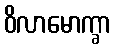
ဝိလာမောက္ခာ